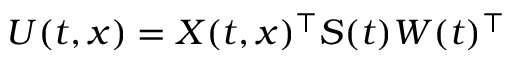
U ( t , x ) = X ( t , x ) ^ { \top } S ( t ) W ( t ) ^ { \top }